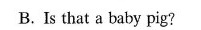
B. Is that a baby pig?